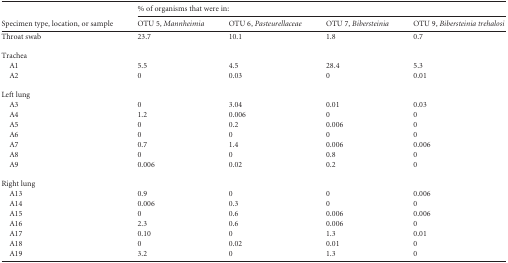
<table><thead><tr><td rowspan="2"><b>Specimen type, location, or sample</b></td><td colspan="4"><b>% of organisms that were in:</b></td></tr><tr><td><b>OTU 5, Mannheimia</b></td><td><b>OTU 6, Pasteurellaceae</b></td><td><b>OTU 7, Bibersteinia</b></td><td><b>OTU 9, Bibersteiniatrehalosi</b></td></tr></thead><tbody><tr><td>Throat swab</td><td>23.7</td><td>10.1</td><td>1.8</td><td>0.7</td></tr><tr><td>Trachea</td><td></td><td></td><td></td><td></td></tr><tr><td>A1</td><td>5.5</td><td>4.5</td><td>28.4</td><td>5.3</td></tr><tr><td>A2</td><td>0</td><td>0.03</td><td>0</td><td>0.01</td></tr><tr><td>Left lung</td><td></td><td></td><td></td><td></td></tr><tr><td>A3</td><td>0</td><td>3.04</td><td>0.01</td><td>0.03</td></tr><tr><td>A4</td><td>1.2</td><td>0.006</td><td>0</td><td>0</td></tr><tr><td>A5</td><td>0</td><td>0.2</td><td>0.006</td><td>0</td></tr><tr><td>A6</td><td>0</td><td>0</td><td>0</td><td>0</td></tr><tr><td>A7</td><td>0.7</td><td>1.4</td><td>0.006</td><td>0.006</td></tr><tr><td>A8</td><td>0</td><td>0</td><td>0.8</td><td>0</td></tr><tr><td>A9</td><td>0.006</td><td>0.02</td><td>0.2</td><td>0</td></tr><tr><td>Right lung</td><td></td><td></td><td></td><td></td></tr><tr><td>A13</td><td>0.9</td><td>0</td><td>0</td><td>0.006</td></tr><tr><td>A14</td><td>0.006</td><td>0.3</td><td>0</td><td>0</td></tr><tr><td>A15</td><td>0</td><td>0.6</td><td>0.006</td><td>0.006</td></tr><tr><td>A16</td><td>2.3</td><td>0.6</td><td>0.006</td><td>0</td></tr><tr><td>A17</td><td>0.10</td><td>0</td><td>1.3</td><td>0.01</td></tr><tr><td>A18</td><td>0</td><td>0.02</td><td>0.01</td><td>0</td></tr><tr><td>A19</td><td>3.2</td><td>0</td><td>1.3</td><td>0</td></tr></tbody></table>